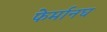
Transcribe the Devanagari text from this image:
फेर्मानघ